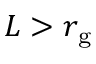
L > r _ { \mathrm { g } }